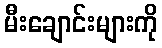
မီးချောင်းများကို